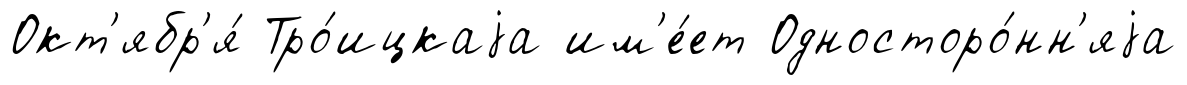
Окт'ябр'я́ Тро́ицкаjа им'е́ет Односторо́нн'яjа